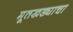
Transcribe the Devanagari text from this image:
मूतखड्याचा